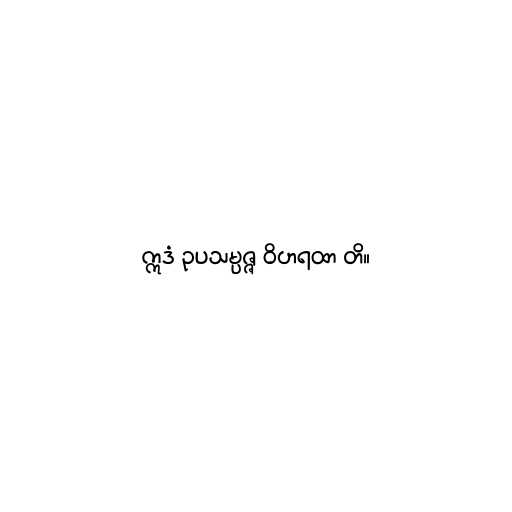
ဣဒံ ဥပသမ္ပဇ္ဇ ဝိဟရထာ တိ။